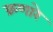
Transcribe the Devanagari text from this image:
क्रणारे